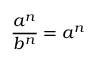
{ \frac { a ^ { n } } { b ^ { n } } } = a ^ { n }